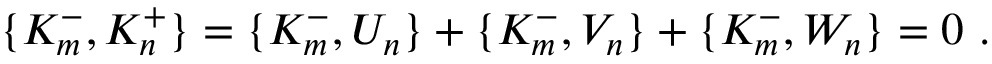
\{ K _ { m } ^ { - } , K _ { n } ^ { + } \} = \{ K _ { m } ^ { - } , U _ { n } \} + \{ K _ { m } ^ { - } , V _ { n } \} + \{ K _ { m } ^ { - } , W _ { n } \} = 0 \ .